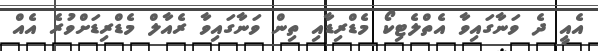
އެއީ ދެ ވަނާގައިވާ އެތްލެޓިކޯ މެޑްރިޑާއި ތިން ވަނާގައިވާ ރެއާލް މެޑްރިޑަށްވުރެ އެއް